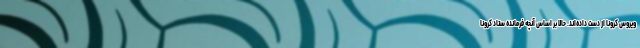
ویروس کرونا از دست داده‌اند. حالا بر اساس آنچه فرمانده ستاد کرونا